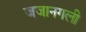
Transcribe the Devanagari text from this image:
जजानगली